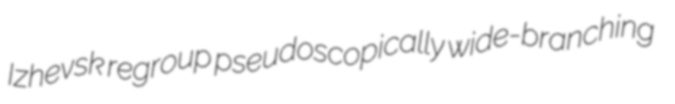
Izhevsk regroup pseudoscopically wide-branching